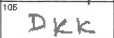
Transcription: DKK